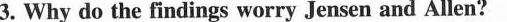
3. Why do the findings worry Jensen and Allen?